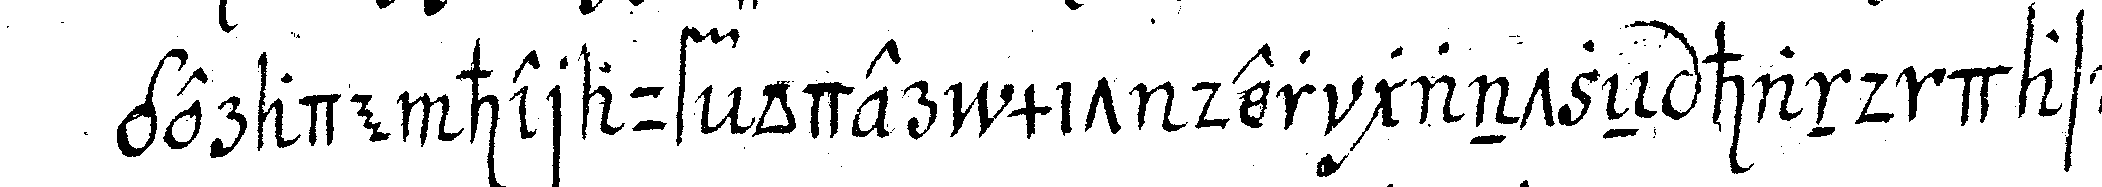
gerade herauf oder mit der gantzeN hand das